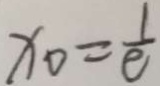
x _ { 0 } = \frac { 1 } { e }